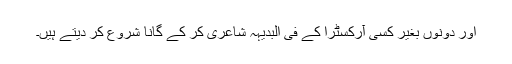
اور دونوں بغیر کسی آرکسٹرا کے فی البدیہہ شاعری کر کے گانا شروع کر دیتے ہیں۔